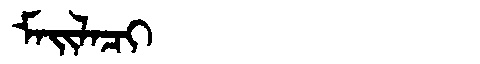
Manchu: ᠮᠠᡳᠯᠠᠴᡳ
Romanization: MAILACI